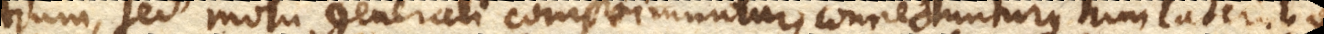
tium, sed motu generali comprimuntur, connectunturque tum lateribus